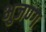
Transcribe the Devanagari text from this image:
भुजण्ग